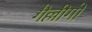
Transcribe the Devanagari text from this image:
गैल्लीगो